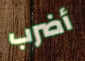
أضرب